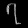
Digit: ၇